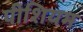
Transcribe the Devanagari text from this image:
पीशियम